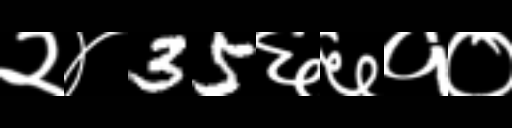
Text: २४35६६१०